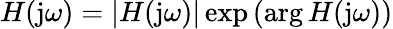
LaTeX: H(\mathrm{j}\omega)=|H(\mathrm{j}\omega)|\exp\left(\arg H(\mathrm{j}\omega)\right)